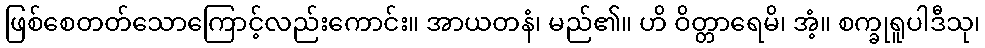
ဖြစ်စေတတ်သောကြောင့်လည်းကောင်း။ အာယတနံ၊ မည်၏။ ဟိ ဝိတ္တာရေမိ၊ အံ့။ စက္ခုရူပါဒီသု၊